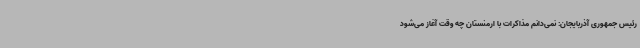
رئیس جمهوری آذربایجان: نمی‌دانم مذاکرات با ارمنستان چه وقت آغاز می‌شود